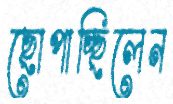
ছোপাচ্ছিলেন